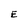
Character: E